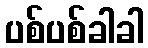
ပစ်ပစ်ခါခါ